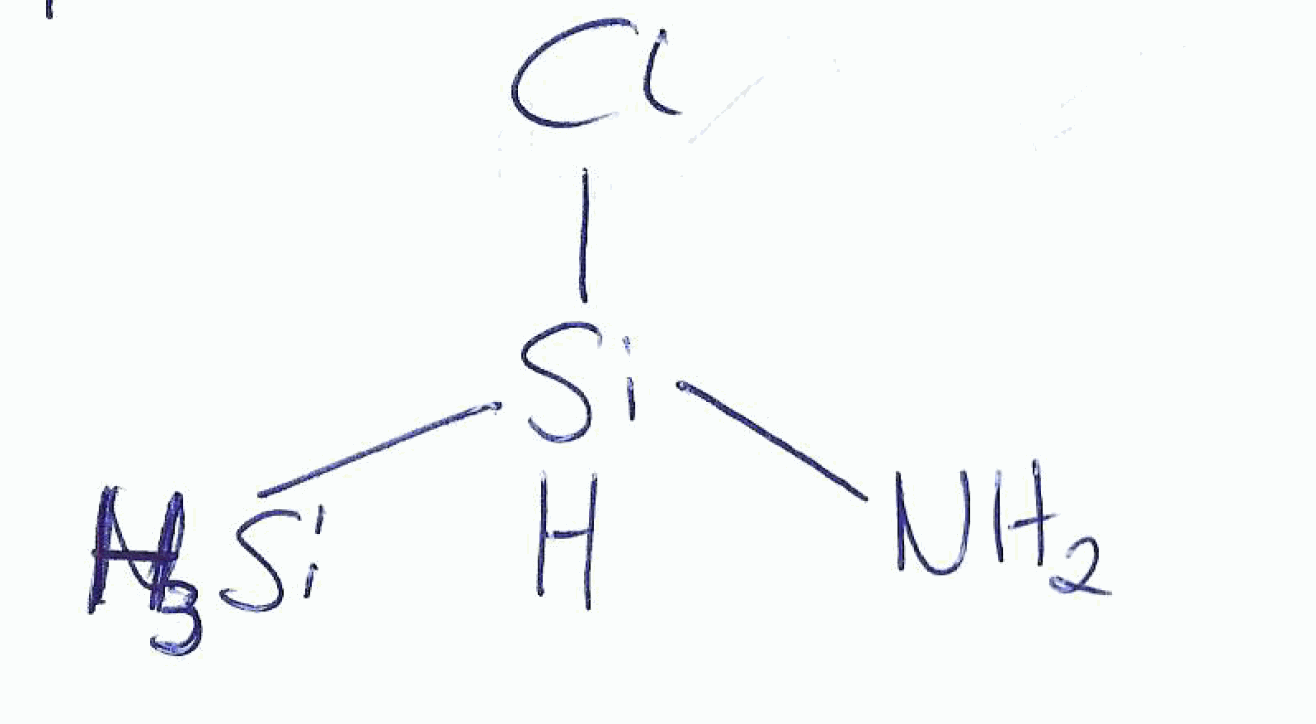
Simplified molecular-input line-entry system (SMILES) notation of the given molecule:
N[SiH]([SiH3])Cl